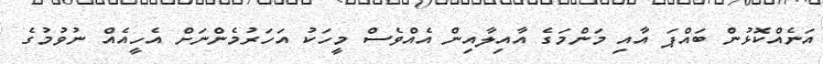
އަނެއްކޮޅުން ބައްޕަ އާއި މަންމަގެ އާއިލާއިން އެއްވެސް މީހަކު އަހަރުމެންނަށް އެހީއެއް ނުވުމުގެ